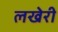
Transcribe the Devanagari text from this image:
लखेरी